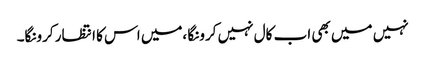
نہیں میں بھی اب کال نہیں کرونگا ،میں اس کا انتظار کرونگا۔